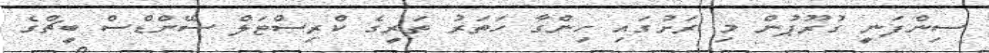
ސިންފަނީ ގުރޫޕުން މި ރަށުގައި ހިންގާ ހަތަރު ތަރީގެ ކްރިސްްޓަލް ސޭންޑްސް ބީޗްގެ